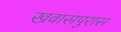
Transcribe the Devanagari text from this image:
खवासपुरास